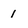
Character: 1